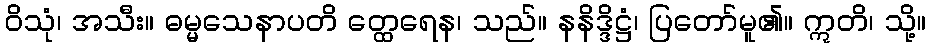
ဝိသုံ၊ အသီး။ ဓမ္မသေနာပတိ တ္ထေရေန၊ သည်။ နနိဒ္ဒိဋ္ဌံ၊ ပြတော်မူ၏။ ဣတိ၊ သို့။